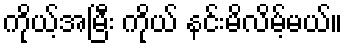
ကိုယ့်အမြီး ကိုယ် နင်းမိလိမ့်မယ်။